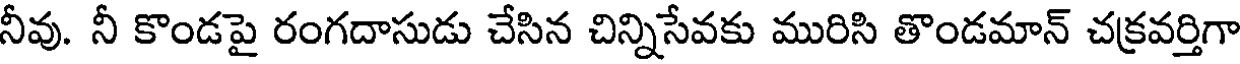
నీవు. నీ కొండపై రంగదాసుడు చేసిన చిన్నిసేవకు మురిసి తొండమాన్ చక్రవర్తిగా